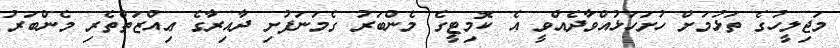
މަޖިލީހުގެ ތަޅުމަށް ހުށަހަޅުއްވާދެއްވީ އެ ކޮމިޓީގެ މެންބަރު ގެމަނަފުށި ދާއިރާގެ ޢިއްޒަތްތެރި މެންބަރު